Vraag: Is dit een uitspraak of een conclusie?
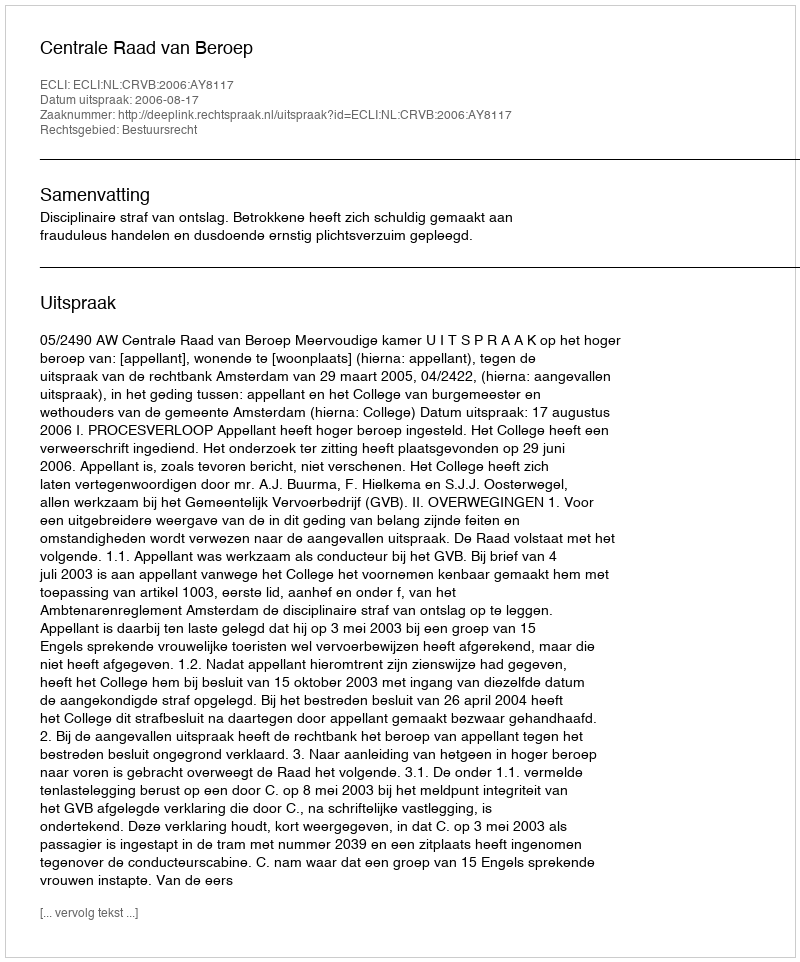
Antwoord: Uitspraak